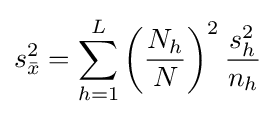
s_{\bar {x}}^{2}=\sum _{h=1}^{L}\left({\frac {N_{h}}{N}}\right)^{2}{\frac {s_{h}^{2}}{n_{h}}}